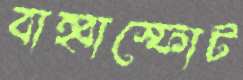
বাহ্বাস্ফোট